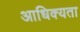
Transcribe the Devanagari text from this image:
आधिक्यता